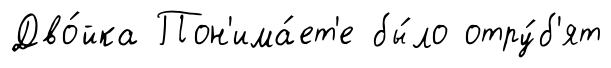
Дво́йка Пон'има́ет'е бы́ло отру́б'ят